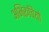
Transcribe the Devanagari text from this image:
अभिरूचियो